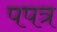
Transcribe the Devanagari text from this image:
पपत्र